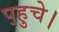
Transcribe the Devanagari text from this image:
प्‌हुचे।